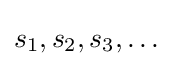
s_{1},s_{2},s_{3},\ldots